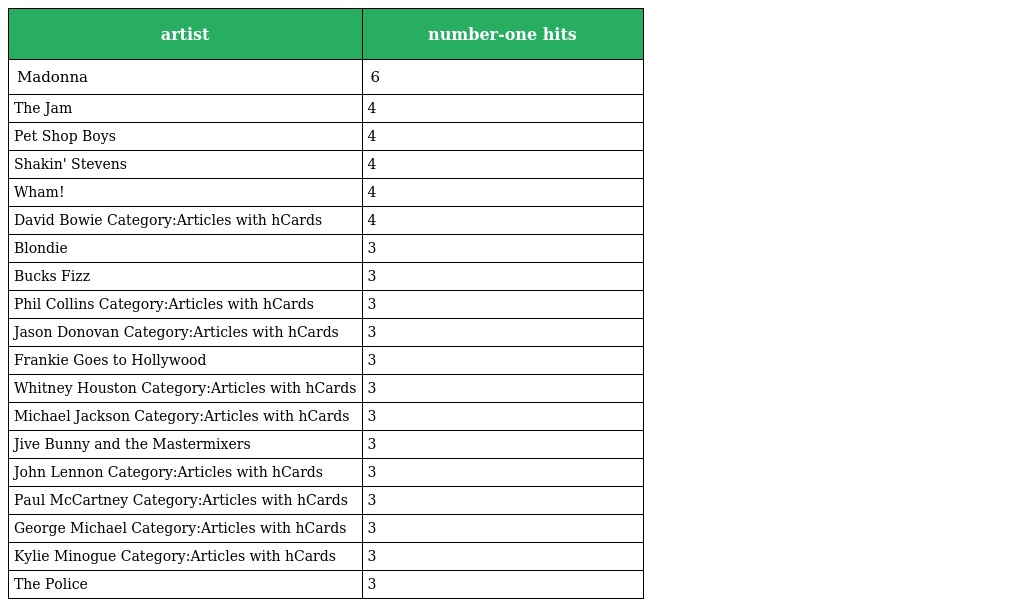
| artist | number-one hits |
 | --- | --- |
 | Madonna | 6 |
 | The Jam | 4 |
 | Pet Shop Boys | 4 |
 | Shakin' Stevens | 4 |
 | Wham! | 4 |
 | David Bowie Category:Articles with hCards | 4 |
 | Blondie | 3 |
 | Bucks Fizz | 3 |
 | Phil Collins Category:Articles with hCards | 3 |
 | Jason Donovan Category:Articles with hCards | 3 |
 | Frankie Goes to Hollywood | 3 |
 | Whitney Houston Category:Articles with hCards | 3 |
 | Michael Jackson Category:Articles with hCards | 3 |
 | Jive Bunny and the Mastermixers | 3 |
 | John Lennon Category:Articles with hCards | 3 |
 | Paul McCartney Category:Articles with hCards | 3 |
 | George Michael Category:Articles with hCards | 3 |
 | Kylie Minogue Category:Articles with hCards | 3 |
 | The Police | 3 |